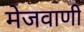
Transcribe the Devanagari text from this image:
मेजवाणी